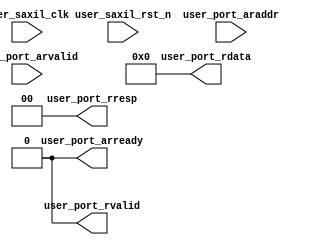
module user_saxil_device (
	input wire user_saxil_clk,
	input wire user_saxil_rst_n,  // Asynchronous reset active low
	output reg user_port_arready,
	input wire user_port_arvalid,
	output reg user_port_rvalid,
	output reg [31:0] user_port_rdata,
	output reg [1:0] user_port_rresp,
	input wire [31:0] user_port_araddr
);

	always @(~user_saxil_rst_n) begin
		user_port_arready <= 1'b0;
		user_port_rvalid <= 1'b0;
		user_port_rdata <= 1'b0;
		user_port_rresp <= 1'b0;
	end

	always @(posedge(user_saxil_clk) && user_saxil_rst_n) begin
		// Accepts all addresses
		// Returns Random Data for any address
		user_port_arready <= 1'b1;
		user_port_rdata <= $random;
		user_port_rvalid <= 1'b1;
		user_port_rresp <= 2'b00;
	end

endmodule